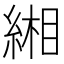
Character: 緗